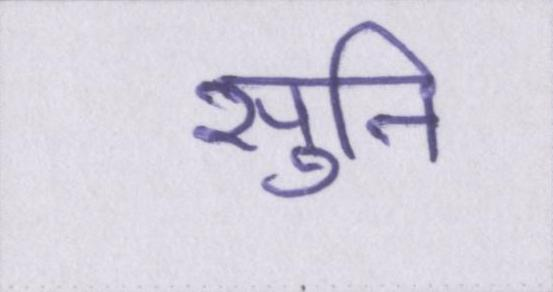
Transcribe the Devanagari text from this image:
सुनि